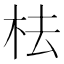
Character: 㭕